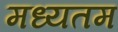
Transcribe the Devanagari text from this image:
मध्यतम